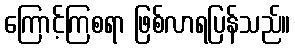
ကြောင့်ကြစရာ ဖြစ်လာရပြန်သည်။